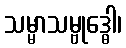
သမ္မာသမ္ဗုဒ္ဓေါ၊